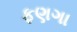
ફણગા